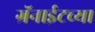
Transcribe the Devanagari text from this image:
ग्रॅनाईटच्या